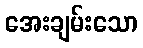
အေးချမ်းသော